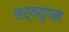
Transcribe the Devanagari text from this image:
सर्वयुगम